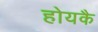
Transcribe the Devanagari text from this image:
होयकै